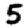
Digit: 5